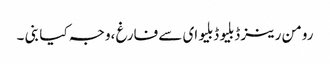
رومن رینز ڈبلیو ڈبلیو ای سے فارغ ،وجہ کیا بنی ۔